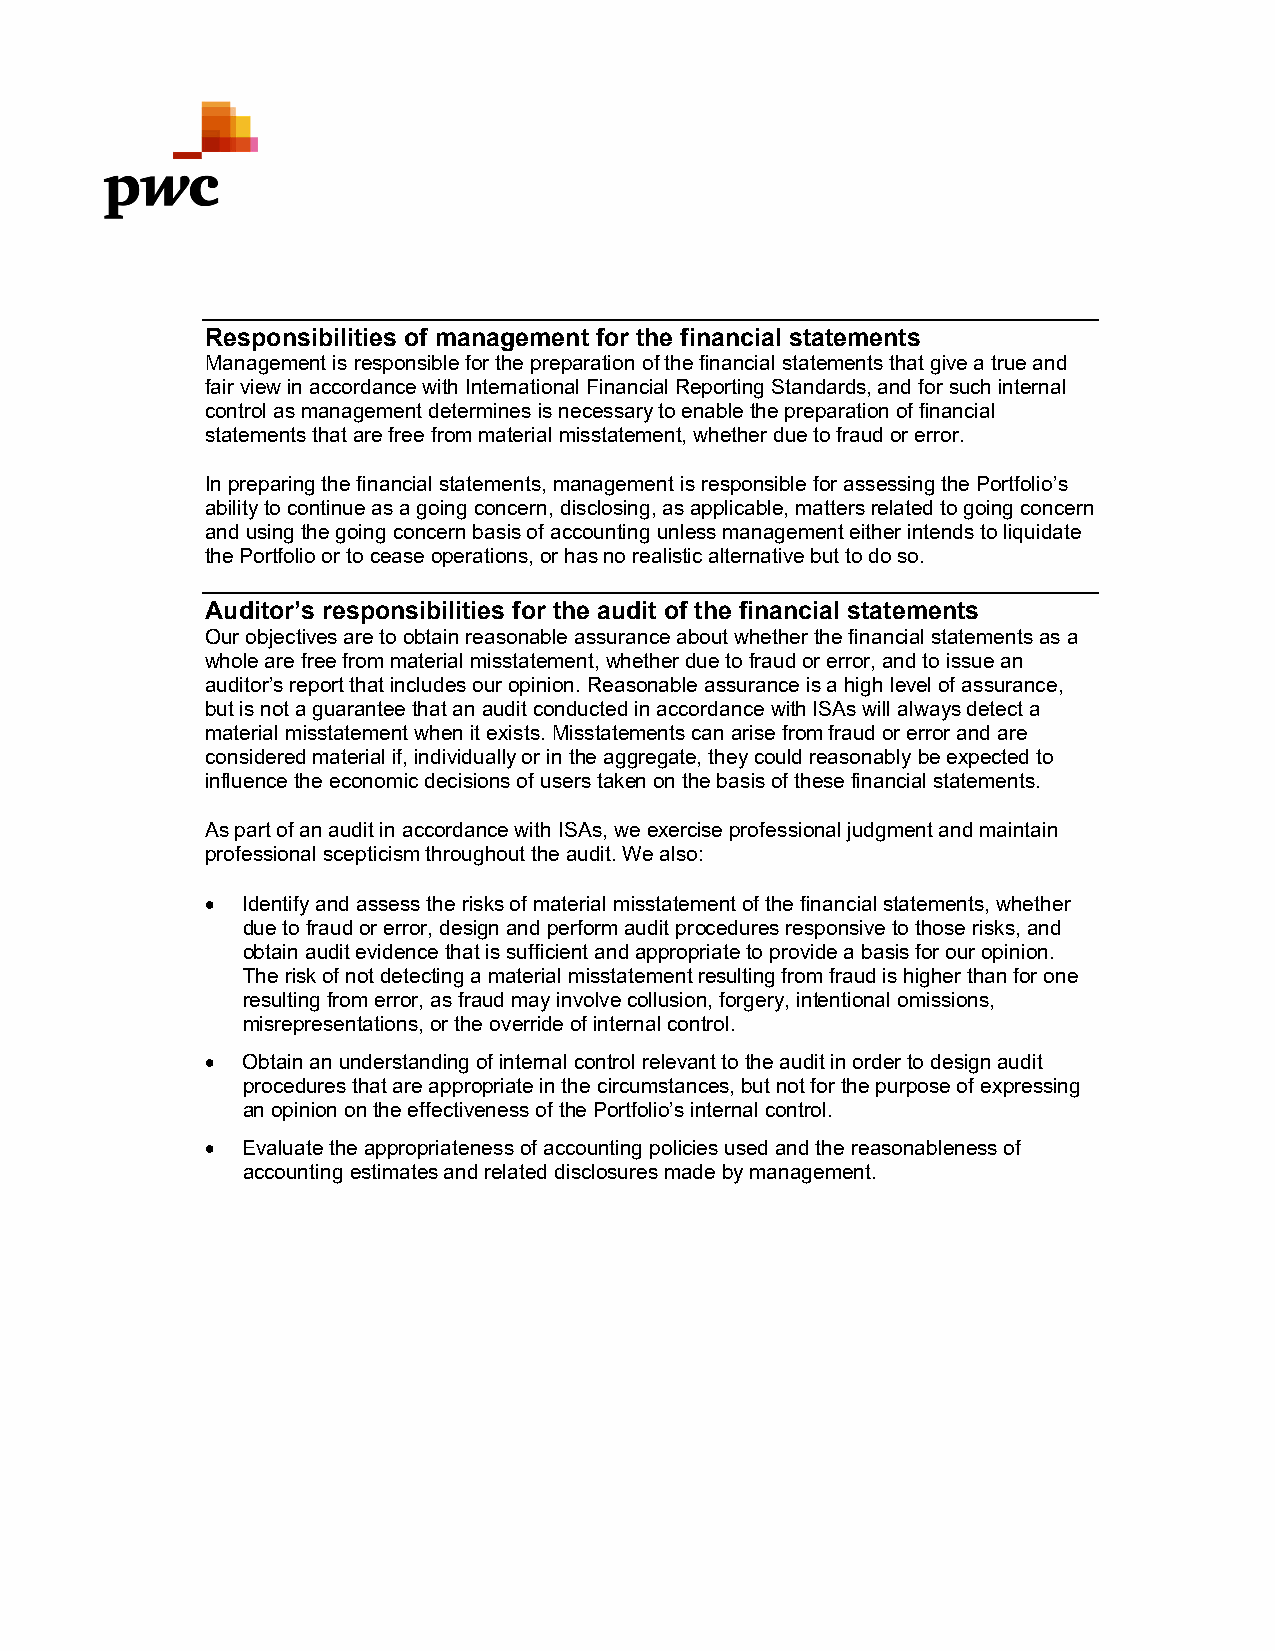
Responsibilities of management for the financial statements
 Management is responsible for the preparation of the financial statements that give a true and
 fair view in accordance with International Financial Reporting Standards, and for such internal
 control as management determines is necessary to enable the preparation of financial
 statements that are free from material misstatement, whether due to fraud or error.
 In preparing the financial statements, management is responsible for assessing the Portfolio’s
 ability to continue as a going concern, disclosing, as applicable, matters related to going concern
 and using the going concern basis of accounting unless management either intends to liquidate
 the Portfolio or to cease operations, or has no realistic alternative but to do so.
 Auditor’s responsibilities for the audit of the financial statements
 Our objectives are to obtain reasonable assurance about whether the financial statements as a
 whole are free from material misstatement, whether due to fraud or error, and to issue an
 auditor’s report that includes our opinion. Reasonable assurance is a high level of assurance,
 but is not a guarantee that an audit conducted in accordance with ISAs will always detect a
 material misstatement when it exists. Misstatements can arise from fraud or error and are
 considered material if, individually or in the aggregate, they could reasonably be expected to
 influence the economic decisions of users taken on the basis of these financial statements.
 As part of an audit in accordance with ISAs, we exercise professional judgment and maintain
 professional scepticism throughout the audit. We also:
  Identify and assess the risks of material misstatement of the financial statements, whether
 due to fraud or error, design and perform audit procedures responsive to those risks, and
 obtain audit evidence that is sufficient and appropriate to provide a basis for our opinion.
 The risk of not detecting a material misstatement resulting from fraud is higher than for one
 resulting from error, as fraud may involve collusion, forgery, intentional omissions,
 misrepresentations, or the override of internal control.
  Obtain an understanding of internal control relevant to the audit in order to design audit
 procedures that are appropriate in the circumstances, but not for the purpose of expressing
 an opinion on the effectiveness of the Portfolio’s internal control.
  Evaluate the appropriateness of accounting policies used and the reasonableness of
 accounting estimates and related disclosures made by management.